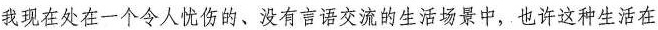
我现在处在一个令人忧伤的、没有言语交流的生活场景中，也许这种生活在